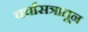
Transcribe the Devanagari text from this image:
चर्चासत्रातून